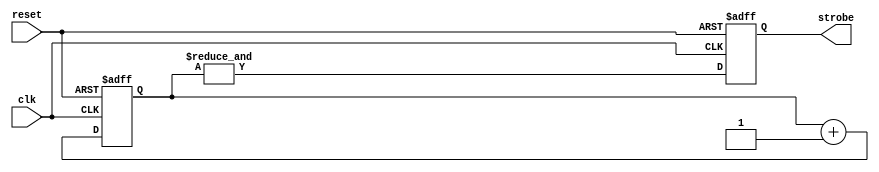
module game_strobe # ( parameter width = 32 )
(
    input      clk,
    input      reset,
    output reg strobe
);

    reg [width - 1:0] counter;

    always @(posedge clk or posedge reset)
        if (reset)
        begin
            counter <= { width, 1'b0 };
            strobe  <= 1'b0;
        end
        else
        begin
            counter <= counter + 1'b1;
            strobe  <= & counter;
        end

endmodule